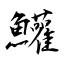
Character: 鱹